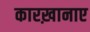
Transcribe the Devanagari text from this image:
कारख़ानाए